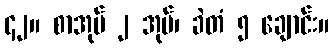
၄၂။ စာအုပ် ၂ အုပ်၊ ခဲတံ ၅ ချောင်း။